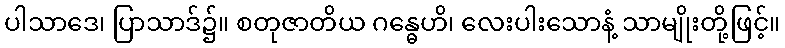
ပါသာဒေ၊ ပြာသာဒ်၌။ စတုဇာတိယ ဂန္ဓေဟိ၊ လေးပါးသောနံ့ သာမျိုးတို့ဖြင့်။